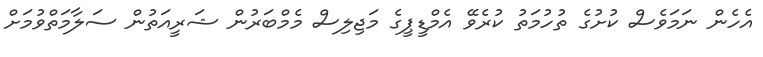
އެހެން ނަމަވެސް ކުށުގެ ތުހުމަތު ކުރެވޭ އެމްޑީޕީގެ މަޖިލިސް މެމްބަރުން ޝަރީއަތުން ސަލާމަތްވުމަށް